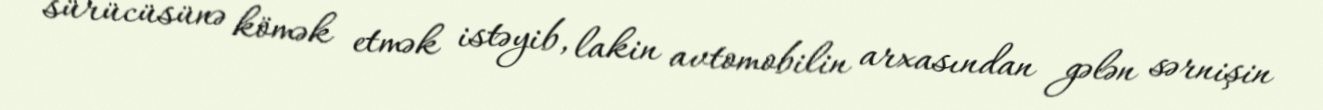
sürücüsünə kömək etmək istəyib, lakin avtomobilin arxasından gələn sərnişin